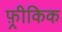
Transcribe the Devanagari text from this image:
फ़्रीकिक